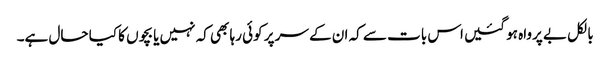
بالکل بے پرواہ ہو گئیں اس بات سے کہ ان کے سر پر کوئی رہا بھی کہ نہیں یا بچوں کا کیا حال ہے۔